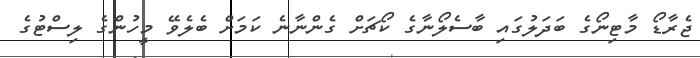
ޖެރާޑޯ މާޓިނޯގެ ބަދަލުގައި ބާސެލޯނާގެ ކޯޗަށް ގެންނާނެ ކަމަށް ބެލެވޭ މީހުންގެ ލިސްޓުގެ